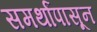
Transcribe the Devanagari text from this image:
समर्थांपासून